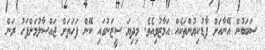
ސަބަބުން އޭނާއަށް ފާޑުކިޔުންތަކެއް އަމާޒުވިއެވެ. މިދިޔަ ސީޒަނުގައި ކޭން ފަހަތަށް ޖައްސާލުމަށްފަހު ރަން